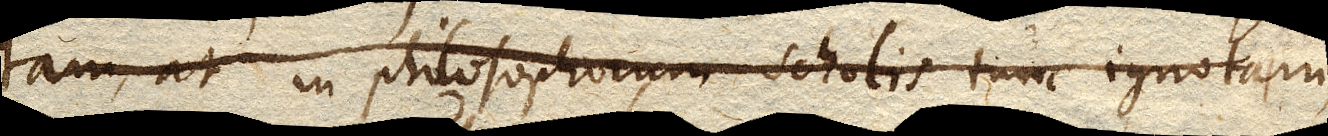
tam, at in philosophorum scholis tunc ignotam